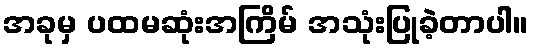
အခုမှ ပထမဆုံးအကြိမ် အသုံးပြုခဲ့တာပါ။